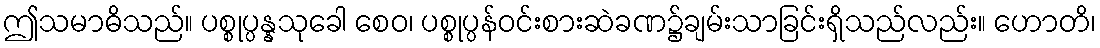
ဤသမာဓိသည်။ ပစ္စုပ္ပန္နသုခေါ စေဝ၊ ပစ္စုပ္ပန်ဝင်းစားဆဲခဏ၌ချမ်းသာခြင်းရှိသည်လည်း။ ဟောတိ၊